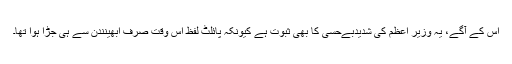
اس کے آگے، یہ وزیر اعظم کی شدیدبےحسی کا بھی ثبوت ہے کیونکہ پائلٹ لفظ اس وقت صرف ابھینندن سے ہی جڑا ہوا تھا۔